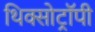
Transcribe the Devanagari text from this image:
थिक्सोट्रॉपी